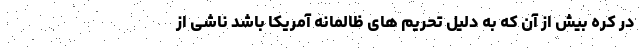
در کره بیش از آن که به‌ دلیل تحریم های ظالمانه آمریکا باشد ناشی از